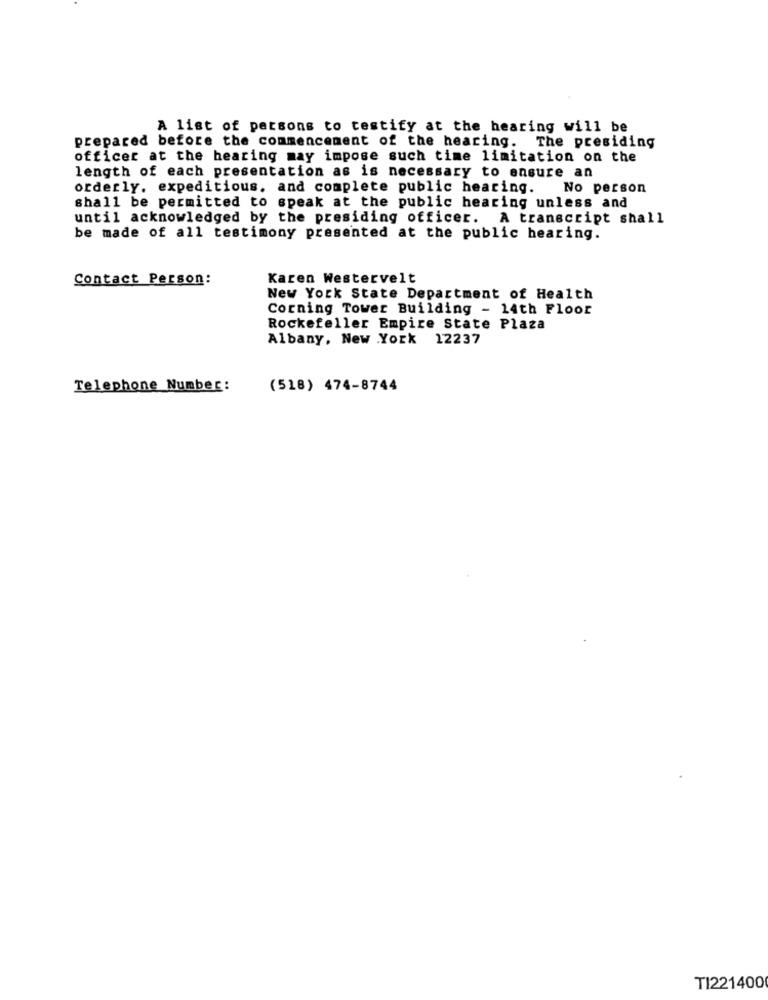
A list of persons to testify at the hearing will be
prepared before the commencement of the hearing. The presiding
officer at the hearing may impose such time limitation on the
length of each presentation as is necessary to ensure an
orderly. expeditious. and complete public hearing.
No person
shall be permitted to speak at the public hearing unless and
until acknowledged by the presiding officer. A transcript shall
be made of all testimony presented at the public hearing.
Contact Person:
Karen Westervelt
New York State Department of Health
Corning Tower Building - 14th Floor
Rockefeller Empire State Plaza
Albany, New York 12237
Telephone Number:
(518) 474-8744
TI221400